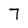
Character: 7